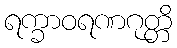
ရက္ခာဝရဏဂုတ္တိ